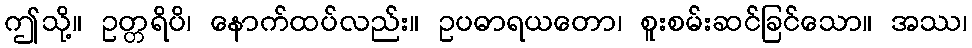
ဤသို့။ ဥတ္တရိပိ၊ နောက်ထပ်လည်း။ ဥပဓာရယတော၊ စူးစမ်းဆင်ခြင်သော။ အဿ၊